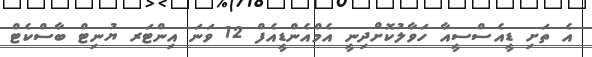
އެ ތަށި ޑީއެސްސީއާ ހަވާލުކޮށްދިނީ އެމްއެންޑީއެފް 12 ވަނަ އިންޓަރ ޔުނިޓް ބާސްކެޓް